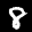
Label: 8